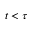
t < \tau